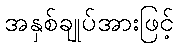
အနှစ်ချုပ်အားဖြင့်